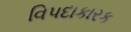
વિપદાકારક